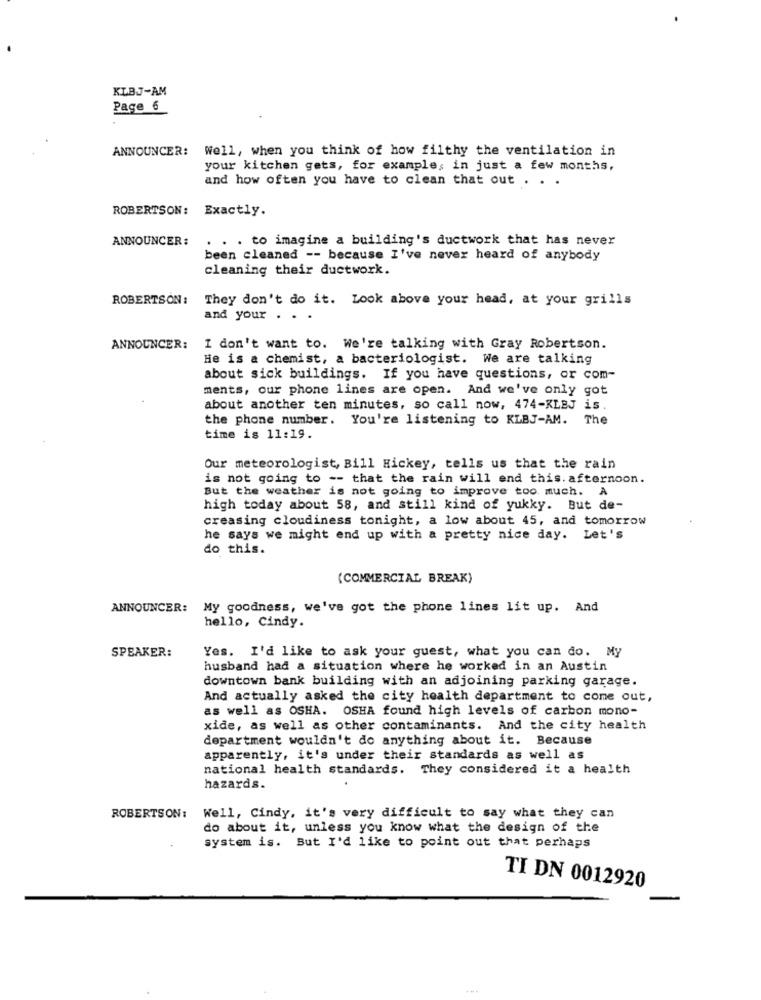
KLBJ-AM
Page 6
ANNOUNCER: Well, when you think of how filthy the ventilation in
your kitchen gets, for example, in just a few months,
and how often you have to clean that out . . .
ROBERTSON: Exactly.
ANNOUNCER:
. . . to imagine a building's ductwork that has never
been cleaned -- because I've never heard of anybody
cleaning their ductwork.
ROBERTSON :
They don't do it. Look above your head, at your grills
and your .
ANNOUNCER:
I don't want to. We're talking with Gray Robertson.
He is a chemist, a bacteriologist. We are talking
about sick buildings. If you have questions, or com-
ments, our phone lines are open. And we've only got
about another ten minutes, so call now, 474-KLEJ is.
the phone number. You're listening to KLBJ-AM.
The
time is 11:19.
Our meteorologist, Bill Hickey, tells us that the rain
is not going to -- that the rain will end this. afternoon.
But the weather is not going to improve too much. A
high today about 58, and still kind of yukky. But de-
creasing cloudiness tonight, a low about 45, and tomorrow
he says we might end up with a pretty nice day. Let's
do this.
(COMMERCIAL BREAK)
ANNOUNCER:
My goodness, we've got the phone lines lit up. And
hello, Cindy.
SPEAKER:
Yes. I'd like to ask your guest, what you can do. My
husband had a situation where he worked in an Austin
downtown bank building with an adjoining parking garage.
And actually asked the city health department to come out,
as well as OSHA. OSHA found high levels of carbon mono-
xide, as well as other contaminants. And the city health
department wouldn't do anything about it. Because
apparently, it's under their standards as well as
national health standards. They considered it a health
hazards.
ROBERTSON:
Well, Cindy, it's very difficult to say what they can
do about it, unless you know what the design of the
system is. But I'd like to point out that perhaps
TI DN 0012920